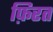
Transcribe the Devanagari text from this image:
फ़िरत